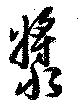
漿